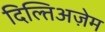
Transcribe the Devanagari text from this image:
दिल्तिअज़ेम